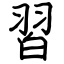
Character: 習